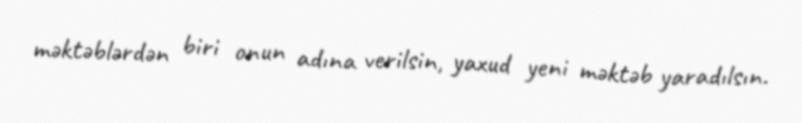
məktəblərdən biri onun adına verilsin, yaxud yeni məktəb yaradılsın.